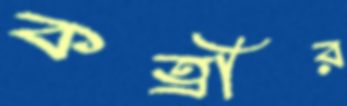
কত্রীর